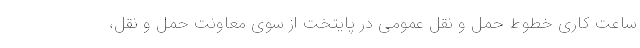
ساعت کاری خطوط حمل و نقل عمومی در پایتخت از سوی معاونت حمل و نقل،